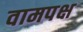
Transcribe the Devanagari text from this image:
वामपक्ष